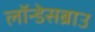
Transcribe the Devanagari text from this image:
लॉन्डेसब्राउ